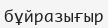
бұйразығыр